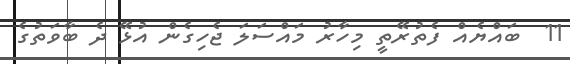
11  ބައްޔެއް ފެތުރޭތީ މިހާރު މައްސަލަ ޖެހިގެން އުޅޭ ދެ ބާވަތުގެ